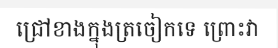
ជ្រៅខាងក្នុងត្រចៀកទេ ព្រោះវា